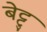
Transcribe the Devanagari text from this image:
बेट्टु